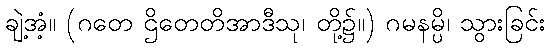
ချဲ့အံ့။ (ဂတေ ဌိတေတိအာဒီသု၊ တို့၌။) ဂမနမ္ပိ၊ သွားခြင်း